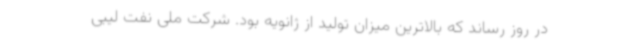
در روز رساند که بالاترین میزان تولید از ژانویه بود. شرکت ملی نفت لیبی